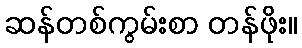
ဆန်တစ်ကွမ်းစာ တန်ဖိုး။